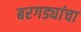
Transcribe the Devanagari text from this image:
बरगड्यांचा